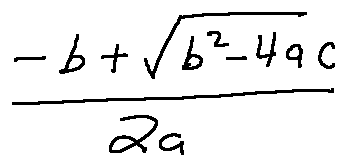
\frac { - b + \sqrt { b ^ { 2 } - 4 a c } } { 2 a }